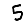
Digit: 5